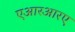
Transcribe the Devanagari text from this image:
एआरआरए